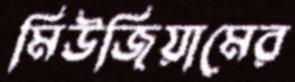
মিউজিয়ামের